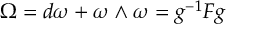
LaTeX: \Omega = d \omega + \omega \wedge \omega = g ^ { - 1 } F g